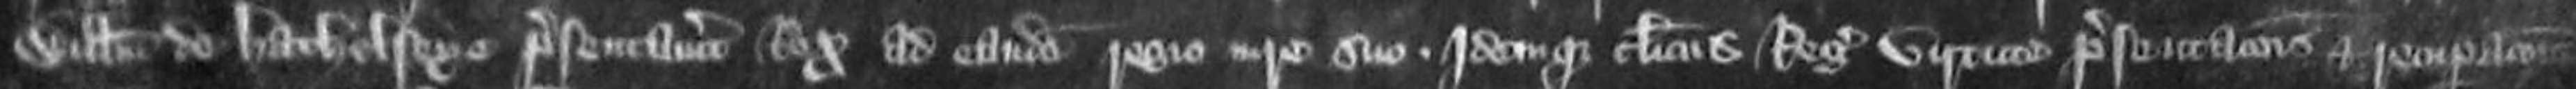
Willelmi de Hathelseye presentvitur Rex ad eandem Regis iure suo Idem que clericus Regis virtute presentationis et recuperationis